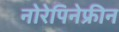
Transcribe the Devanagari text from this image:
नोरेपिनेफ्रीन